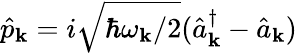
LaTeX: \hat{p}_{\mathbf k}=i\sqrt{\hbar\omega_{\mathbf k}/2}(\hat{a}_{\mathbf k}^{\dagger}-\hat{a}_{\mathbf k})